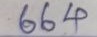
664